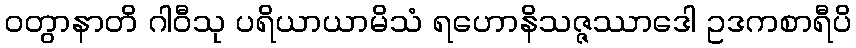
ဝတွာနာတိ ဂါဝီသု ပရိယာယာမိသံ ရဟောနိသဇ္ဇဿာဒေါ ဥဒကစာရီပိ